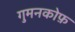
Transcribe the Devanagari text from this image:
गुमनकोफ़